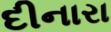
દીનારા